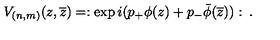
V _ { ( n , m ) } ( z , \overline { { z } } ) = : \exp i ( p _ { + } \phi ( z ) + p _ { - } \bar { \phi } ( \overline { { z } } ) ) : \: .